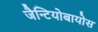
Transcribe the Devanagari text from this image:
जैन्टियोबायोस